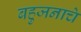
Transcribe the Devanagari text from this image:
बहुजनाचे